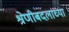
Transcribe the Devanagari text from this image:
श्रेणीबदलाच्या